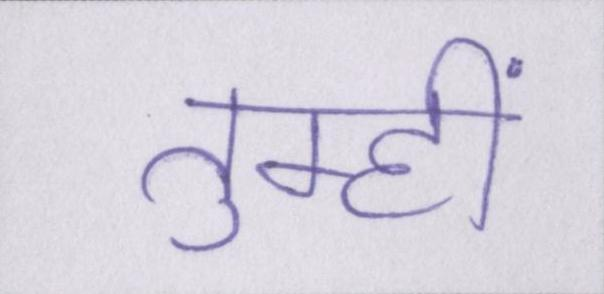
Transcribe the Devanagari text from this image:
तुम्हीं